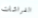
الفراشات